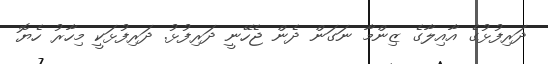
ދަރިފުޅުގެ އާއިލާގެ ޒިންމާ ނަގަން ދެން ޖެހޭނީ ދަރިފުޅު. ދަރިފުޅަކީ މިހާރު ހެޔޮ